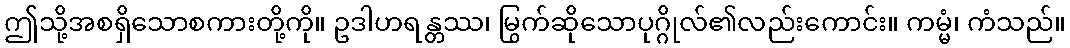
ဤသို့အစရှိသောစကားတို့ကို။ ဥဒါဟရန္တဿ၊ မြွက်ဆိုသောပုဂ္ဂိုလ်၏လည်းကောင်း။ ကမ္မံ၊ ကံသည်။